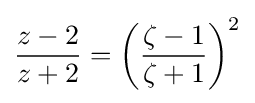
{\frac {z-2}{z+2}}=\left({\frac {\zeta -1}{\zeta +1}}\right)^{2}